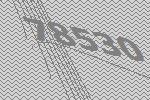
78530